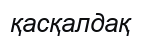
қасқалдақ